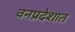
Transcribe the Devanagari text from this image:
वनप्रदेशात